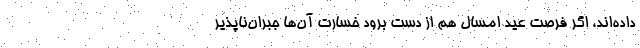
داده‌اند، اگر فرصت عید امسال هم از دست برود خسارت آن‌ها جبران‌ناپذیر